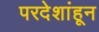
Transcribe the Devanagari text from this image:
परदेशांहून